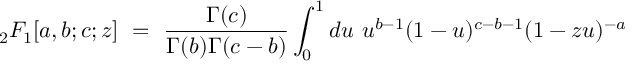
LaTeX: _ { 2 } F _ { 1 } [ a , b ; c ; z ] \ = \ \frac { \Gamma ( c ) } { \Gamma ( b ) \Gamma ( c - b ) } \int _ { 0 } ^ { 1 } d u \ u ^ { b - 1 } ( 1 - u ) ^ { c - b - 1 } ( 1 - z u ) ^ { - a }